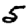
Digit: 5